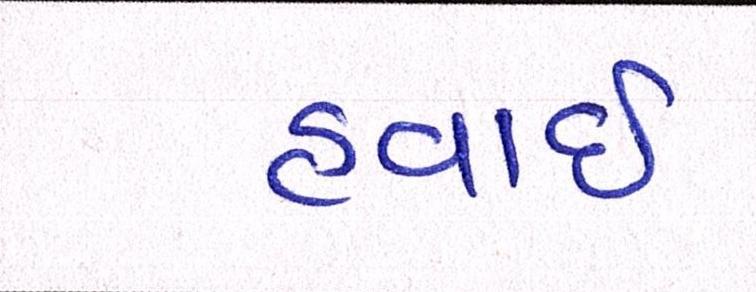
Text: હવાઇ